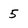
Character: 5